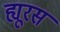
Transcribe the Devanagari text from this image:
ह्यूरस